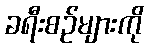
ခရီးစဉ်များကို